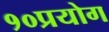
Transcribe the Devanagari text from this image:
१०प्रयोग